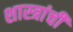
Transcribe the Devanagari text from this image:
शास्त्रांची